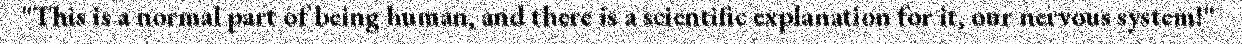
"This is a normal part of being human, and there is a scientific explanation for it, our nervous system!"